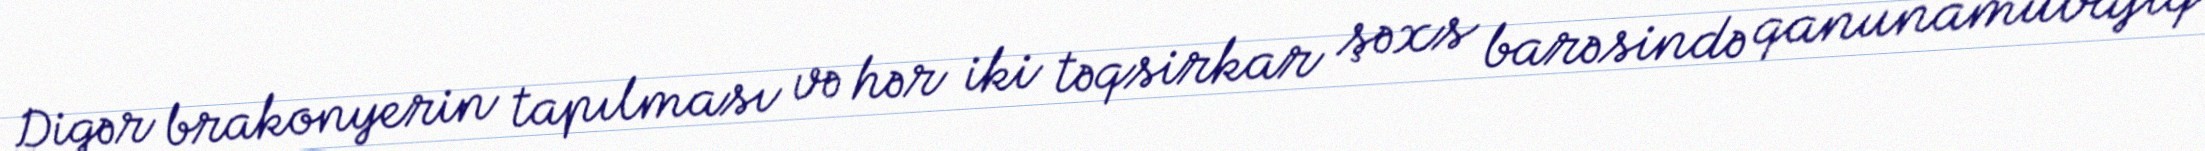
Digər brakonyerin tapılması və hər iki təqsirkar şəxs barəsində qanunamüvafiq